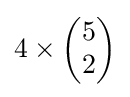
4\times {\begin{pmatrix}5\\2\end{pmatrix}}